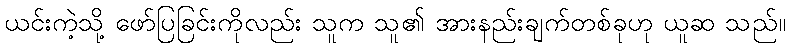
ယင်းကဲ့သို့ ဖော်ပြခြင်းကိုလည်း သူက သူ၏ အားနည်းချက်တစ်ခုဟု ယူဆ သည်။